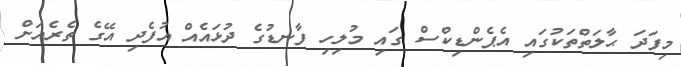
މިފަދަ ޙާލަތްތަކުގައި އެޕެންޑިކްސް ގައި މުލިހި ފާނޑުގެ ދުޅައެއް އުފެދި އޭގެ ތެރެއަށް